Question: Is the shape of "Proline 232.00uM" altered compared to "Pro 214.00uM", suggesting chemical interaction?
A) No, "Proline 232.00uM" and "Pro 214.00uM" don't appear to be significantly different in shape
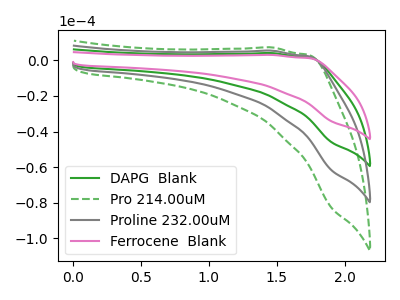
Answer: <think>The green curve "DAPG  Blank" has no peaks. The green dashed curve "Pro 214.00uM" has no peaks. The gray curve "Proline 232.00uM" has no peaks. The pink curve "Ferrocene  Blank" has no peaks.
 Neither "Proline 232.00uM" or "Pro 214.00uM" have any peaks.</think>
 <answer>A) No, "Proline 232.00uM" and "Pro 214.00uM" don't appear to be significantly different in shape</answer>
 <eval>A</eval>